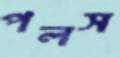
পলস